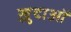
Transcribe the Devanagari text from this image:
ख़़ुदाओं